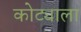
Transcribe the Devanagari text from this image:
कोट्याला